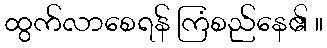
ထွက်လာစေရန် ကြံစည်နေ၏ ။